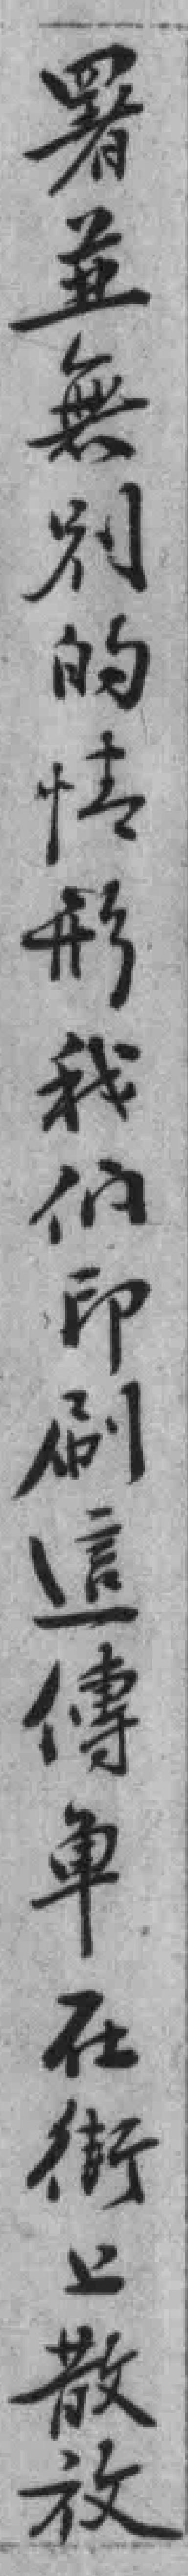
署並無別的情形我们印刷這傳單在街上散放